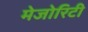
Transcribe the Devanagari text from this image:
मेजोरिटी